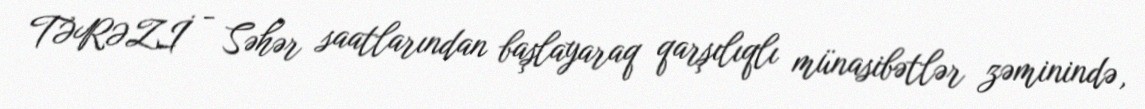
TƏRƏZİ - Səhər saatlarından başlayaraq qarşılıqlı münasibətlər zəminində,